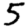
Digit: 5